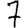
Digit: 7